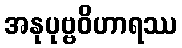
အနုပုဗ္ဗဝိဟာရဿ